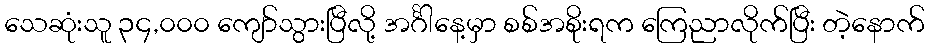
သေဆုံးသူ ၃၄,၀၀၀ ကျော်သွားပြီလို့ အင်္ဂါနေ့မှာ စစ်အစိုးရက ကြေညာလိုက်ပြီး တဲ့နောက်